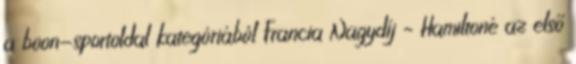
a boon-sportoldal kategóriából Francia Nagydíj – Hamiltoné az első